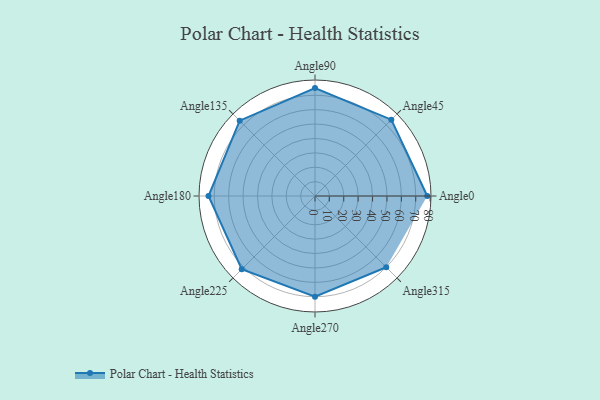
{"axis": {"x": "Angle", "y": "Radius"}, "legend": [""], "data": [{"x": "Angle0", "y": 78.0, "type": ""}, {"x": "Angle45", "y": 75.0, "type": ""}, {"x": "Angle90", "y": 75.0, "type": ""}, {"x": "Angle135", "y": 74.0, "type": ""}, {"x": "Angle180", "y": 74.0, "type": ""}, {"x": "Angle225", "y": 72.0, "type": ""}, {"x": "Angle270", "y": 70.0, "type": ""}, {"x": "Angle315", "y": 70.0, "type": ""}]}